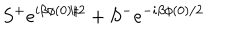
LaTeX: S ^ { + } e ^ { i \beta \phi ( 0 ) / 2 } + S ^ { - } e ^ { - i \beta \phi ( 0 ) / 2 }